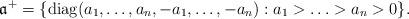
LaTeX: \begin{align*} \mathfrak{a}^+=\{{\rm diag}(a_1,\ldots,a_n,-a_1,\ldots,-a_n):a_1>\ldots>a_n>0\}.\end{align*}